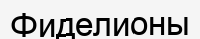
Фиделионы